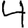
Digit: 4